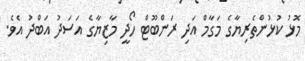
މޮޅު ކުޅުންތެރިޔާގެ މަގާމް އަދި ރަންބޫޓް ހޯދީ މާޒިޔާގެ އަސަދު އަބްދު އެވެ.